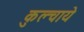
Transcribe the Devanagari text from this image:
कुल्चाये